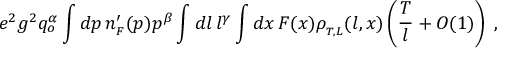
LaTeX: e ^ { 2 } g ^ { 2 } q _ { o } ^ { \alpha } \int d p \, n _ { _ { F } } ^ { \prime } ( p ) p ^ { \beta } \int d l \, l ^ { \gamma } \int d x \, F ( x ) \rho _ { _ { T , L } } ( l , x ) \left( { \frac { T } { l } } + { \cal O } ( 1 ) \right) \; ,